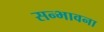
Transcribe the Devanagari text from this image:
सन्भावना